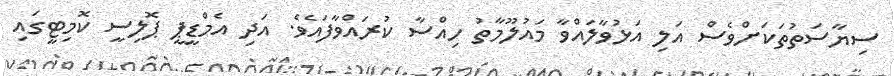
ސިޔާސަތުތަކަށްވެސް އަލި އަޅުވާލައްވާ މައުލޫމާތު ހިއްސާ ކުރައްވާފައެވެ. އަދި އެމްޑީޕީ ޕޮލިސީ ކޮމިޓީގައި